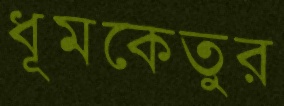
ধূমকেতুর